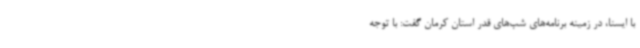
با ایسنا، در زمینه برنامه‌های شب‌های قدر استان کرمان گفت: با توجه